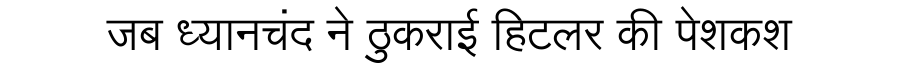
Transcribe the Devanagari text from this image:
जब ध्यानचंद ने ठुकराई हिटलर की पेशकश